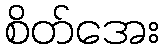
စိတ်အေး